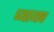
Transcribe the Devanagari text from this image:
घ्यायच